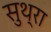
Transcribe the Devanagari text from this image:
सुथ्रा